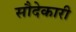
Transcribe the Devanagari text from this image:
सौदेकारी